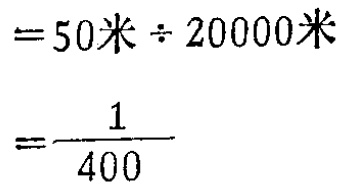
\[

\begin{align*}

&=50\text{米} \div 20000\text{米}\\

&=\frac{1}{400}

\end{align*}

\]